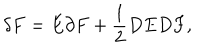
\delta F = E \partial F + \frac { 1 } { 2 } D E D F ,